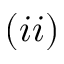
( i i )